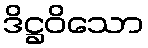
ဒိဋ္ဌဝိသော